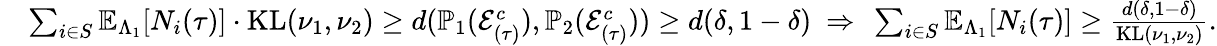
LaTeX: \begin{array}{rl}&{\sum_{i\in S}\mathbb{E}_{\Lambda_{1}}[N_{i}(\tau)]\cdot\mathrm{KL}(\nu_{1},\nu_{2})\ge d(\mathbb{P}_{1}(\mathcal{E}_{(\tau)}^{c}),\mathbb{P}_{2}(\mathcal{E}_{(\tau)}^{c}))\ge d(\delta,1-\delta)~\Rightarrow~\sum_{i\in S}\mathbb{E}_{\Lambda_{1}}[N_{i}(\tau)]\ge\frac{d(\delta,1-\delta)}{\mathrm{KL}(\nu_{1},\nu_{2})}.}\end{array}